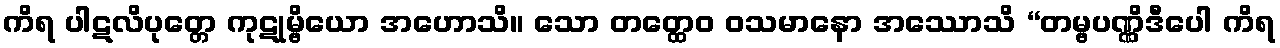
ကိရ ပါဋလိပုတ္တေ ကုဋုမ္ဗိယော အဟောသိ။ သော တတ္ထေဝ ဝသမာနော အဿောသိ “တမ္ဗပဏ္ဏိဒီပေါ ကိရ